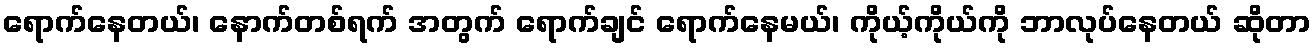
ရောက်နေတယ်၊ နောက်တစ်ရက် အတွက် ရောက်ချင် ရောက်နေမယ်၊ ကိုယ့်ကိုယ်ကို ဘာလုပ်နေတယ် ဆိုတာ